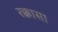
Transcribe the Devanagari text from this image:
रक्कासा